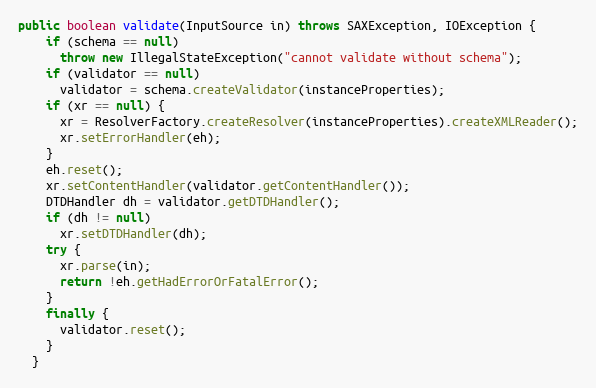
Language: Java
public boolean validate(InputSource in) throws SAXException, IOException {
    if (schema == null)
      throw new IllegalStateException("cannot validate without schema");
    if (validator == null)
      validator = schema.createValidator(instanceProperties);
    if (xr == null) {
      xr = ResolverFactory.createResolver(instanceProperties).createXMLReader();
      xr.setErrorHandler(eh);
    }
    eh.reset();
    xr.setContentHandler(validator.getContentHandler());
    DTDHandler dh = validator.getDTDHandler();
    if (dh != null)
      xr.setDTDHandler(dh);
    try {
      xr.parse(in);
      return !eh.getHadErrorOrFatalError();
    }
    finally {
      validator.reset();
    }
  }